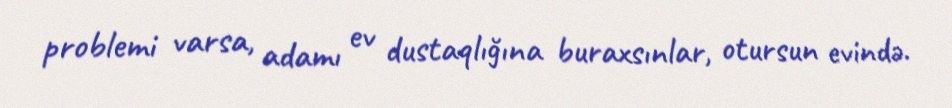
problemi varsa, adamı ev dustaqlığına buraxsınlar, otursun evində.